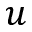
u